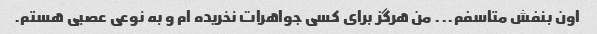
اون بنفش متاسفم... من هرگز برای کسی جواهرات نخریده ام و به نوعی عصبی هستم.